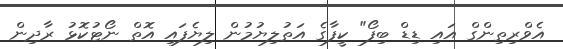
އެވްރިތިންގް އައި ޑިޑް ބިފޯ" ކީފާގެ އަތުލިޔުމުން ލިޔެފައި އޮތް ނޯޓުކޮޅު ރާދިން